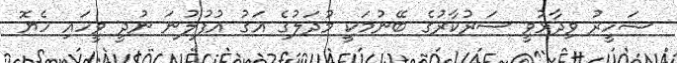
ޝަހީރު ވިދާޅުވީ ސަރުކާރުގެ ބޭނުމަކީ މުދަލުގެ އަގު އުފުލުނަ ނުދީ ވީހައި ހެޔޮ